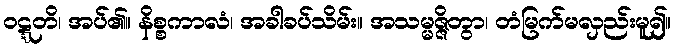
ဝဋ္ဋတိ၊ အပ်၏။ နိစ္စကာလံ၊ အခါခပ်သိမ်း။ အသမ္မဇ္ဇိတွာ၊ တံမြက်မလှည်းမူ၍။